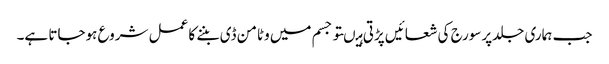
جب ہماری جلدپرسورج کی شعائیں پڑتی ہیںتو جسم میں وٹامن ڈی بننے کا عمل شروع ہوجاتا ہے۔